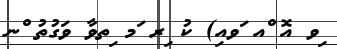
ިވ އޮ ްއ ަވއި) ކު ިރ ަމ ިތވާ ވަގުތު ްނ